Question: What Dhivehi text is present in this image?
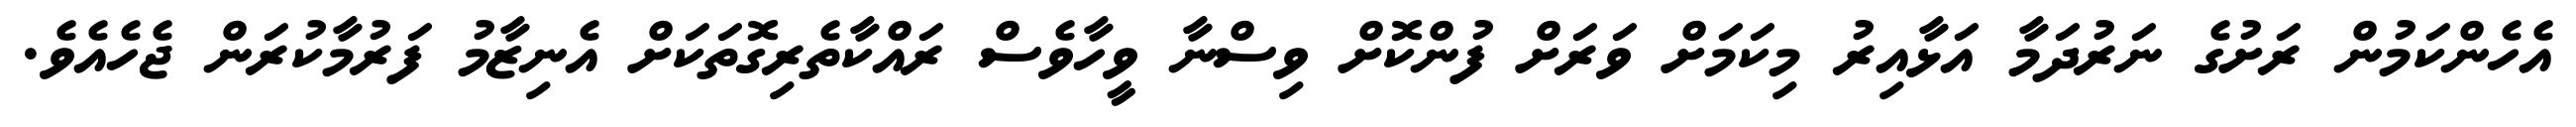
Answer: އެހެންކަމުން ރަށުގެ ނަރުދަމާ އަޅާއިރު މިކަމަށް ވަރަށް ފުންކޮށް ވިސްނާ ވީހާވެސް ރައްކާތެރިގޮތަކަށް އެނިޒާމު ފަރުމާކުރަން ޖެހެއެވެ.